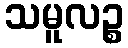
သမူလဉ္စ